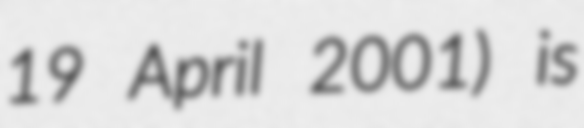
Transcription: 19 April 2001) is